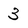
Character: 3